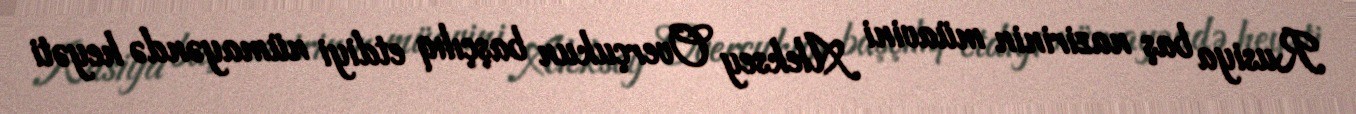
Rusiya baş nazirinin müavini Aleksey Overçukun başçılıq etdiyi nümayəndə heyəti